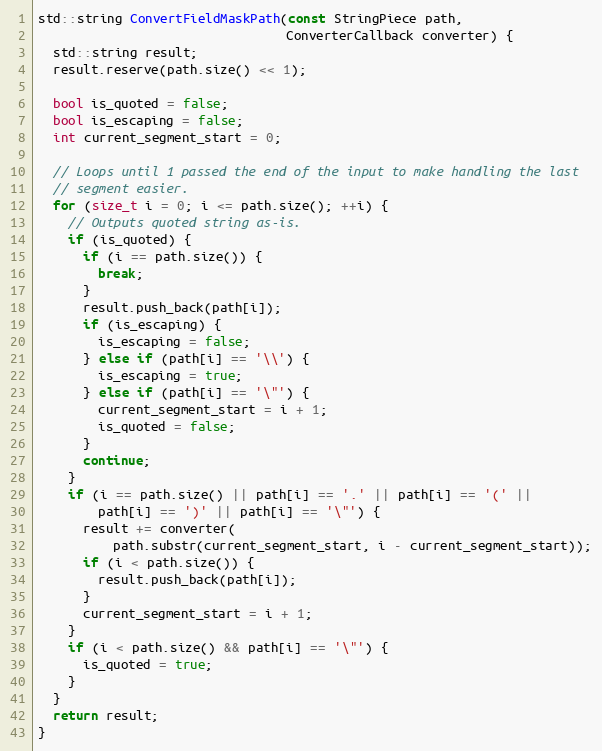
Language: C++
std::string ConvertFieldMaskPath(const StringPiece path,
                                 ConverterCallback converter) {
  std::string result;
  result.reserve(path.size() << 1);

  bool is_quoted = false;
  bool is_escaping = false;
  int current_segment_start = 0;

  // Loops until 1 passed the end of the input to make handling the last
  // segment easier.
  for (size_t i = 0; i <= path.size(); ++i) {
    // Outputs quoted string as-is.
    if (is_quoted) {
      if (i == path.size()) {
        break;
      }
      result.push_back(path[i]);
      if (is_escaping) {
        is_escaping = false;
      } else if (path[i] == '\\') {
        is_escaping = true;
      } else if (path[i] == '\"') {
        current_segment_start = i + 1;
        is_quoted = false;
      }
      continue;
    }
    if (i == path.size() || path[i] == '.' || path[i] == '(' ||
        path[i] == ')' || path[i] == '\"') {
      result += converter(
          path.substr(current_segment_start, i - current_segment_start));
      if (i < path.size()) {
        result.push_back(path[i]);
      }
      current_segment_start = i + 1;
    }
    if (i < path.size() && path[i] == '\"') {
      is_quoted = true;
    }
  }
  return result;
}